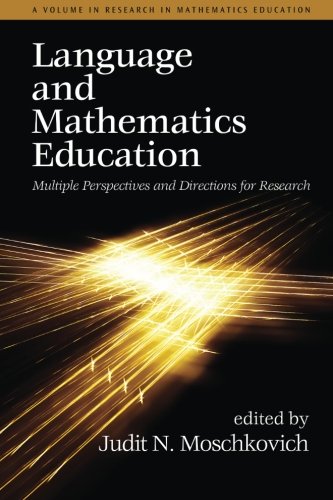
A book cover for Language and Mathematics Education: Multiple Perspectives and Directions for Research (Research in Mathematics Education); Science & Math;